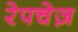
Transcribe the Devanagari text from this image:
रेपचेज़